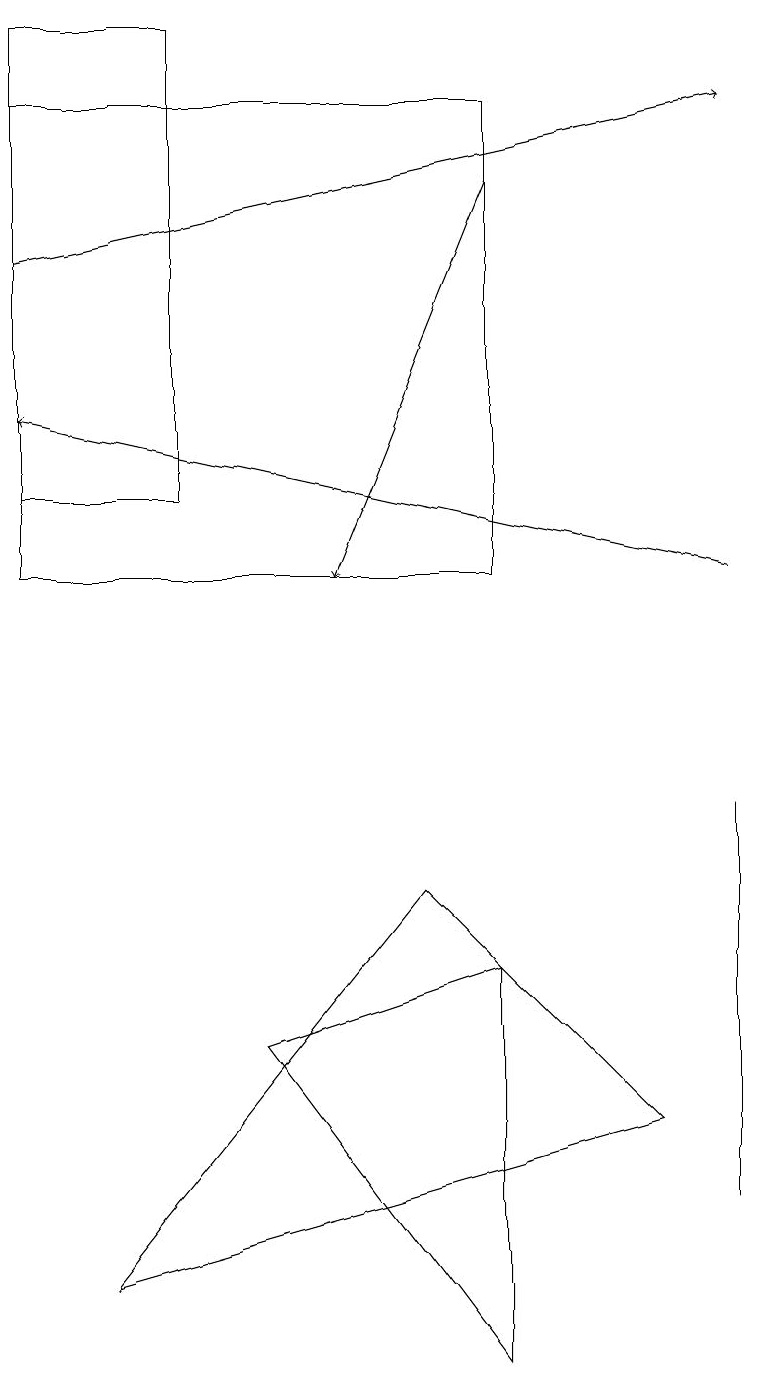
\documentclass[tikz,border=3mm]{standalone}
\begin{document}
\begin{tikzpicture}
\draw (5,6) -- (8,3) -- (1,1) -- cycle;
\draw[->] (9,10) -- (0,12);
\draw (6,5) -- (3,4) -- (6,0) -- cycle;
\draw (2,11) rectangle (0,17);
\draw (9,6) -- (9,2) -- (9,7) -- cycle;
\draw[->] (6,15) -- (4,10);
\draw[->] (0,14) -- (9,16);
\draw (6,16) rectangle (0,10);
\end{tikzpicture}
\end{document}